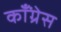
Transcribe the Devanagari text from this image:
कॉँंग्रेस